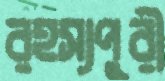
রহস্যপুরী